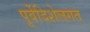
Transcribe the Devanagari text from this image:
पूर्वेदिशेलगत